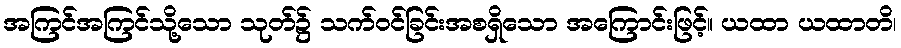
အကြင်အကြင်သို့သော သုတ်၌ သက်ဝင်ခြင်းအစရှိသော အကြောင်းဖြင့်။ ယထာ ယထာတိ၊